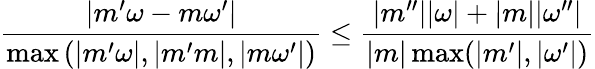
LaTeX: \frac{\left|m^{\prime}\omega-m\omega^{\prime}\right|}{\operatorname*{max}\left(\left|m^{\prime}\omega\right|,|m^{\prime}m|,|m\omega^{\prime}|\right)}\leq\frac{|m^{\prime\prime}||\omega|+|m||\omega^{\prime\prime}|}{|m|\operatorname*{max}(|m^{\prime}|,|\omega^{\prime}|)}